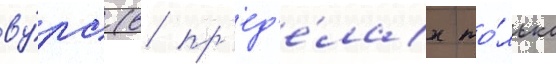
ву́рс (в пр'ед'е́лах то́лько